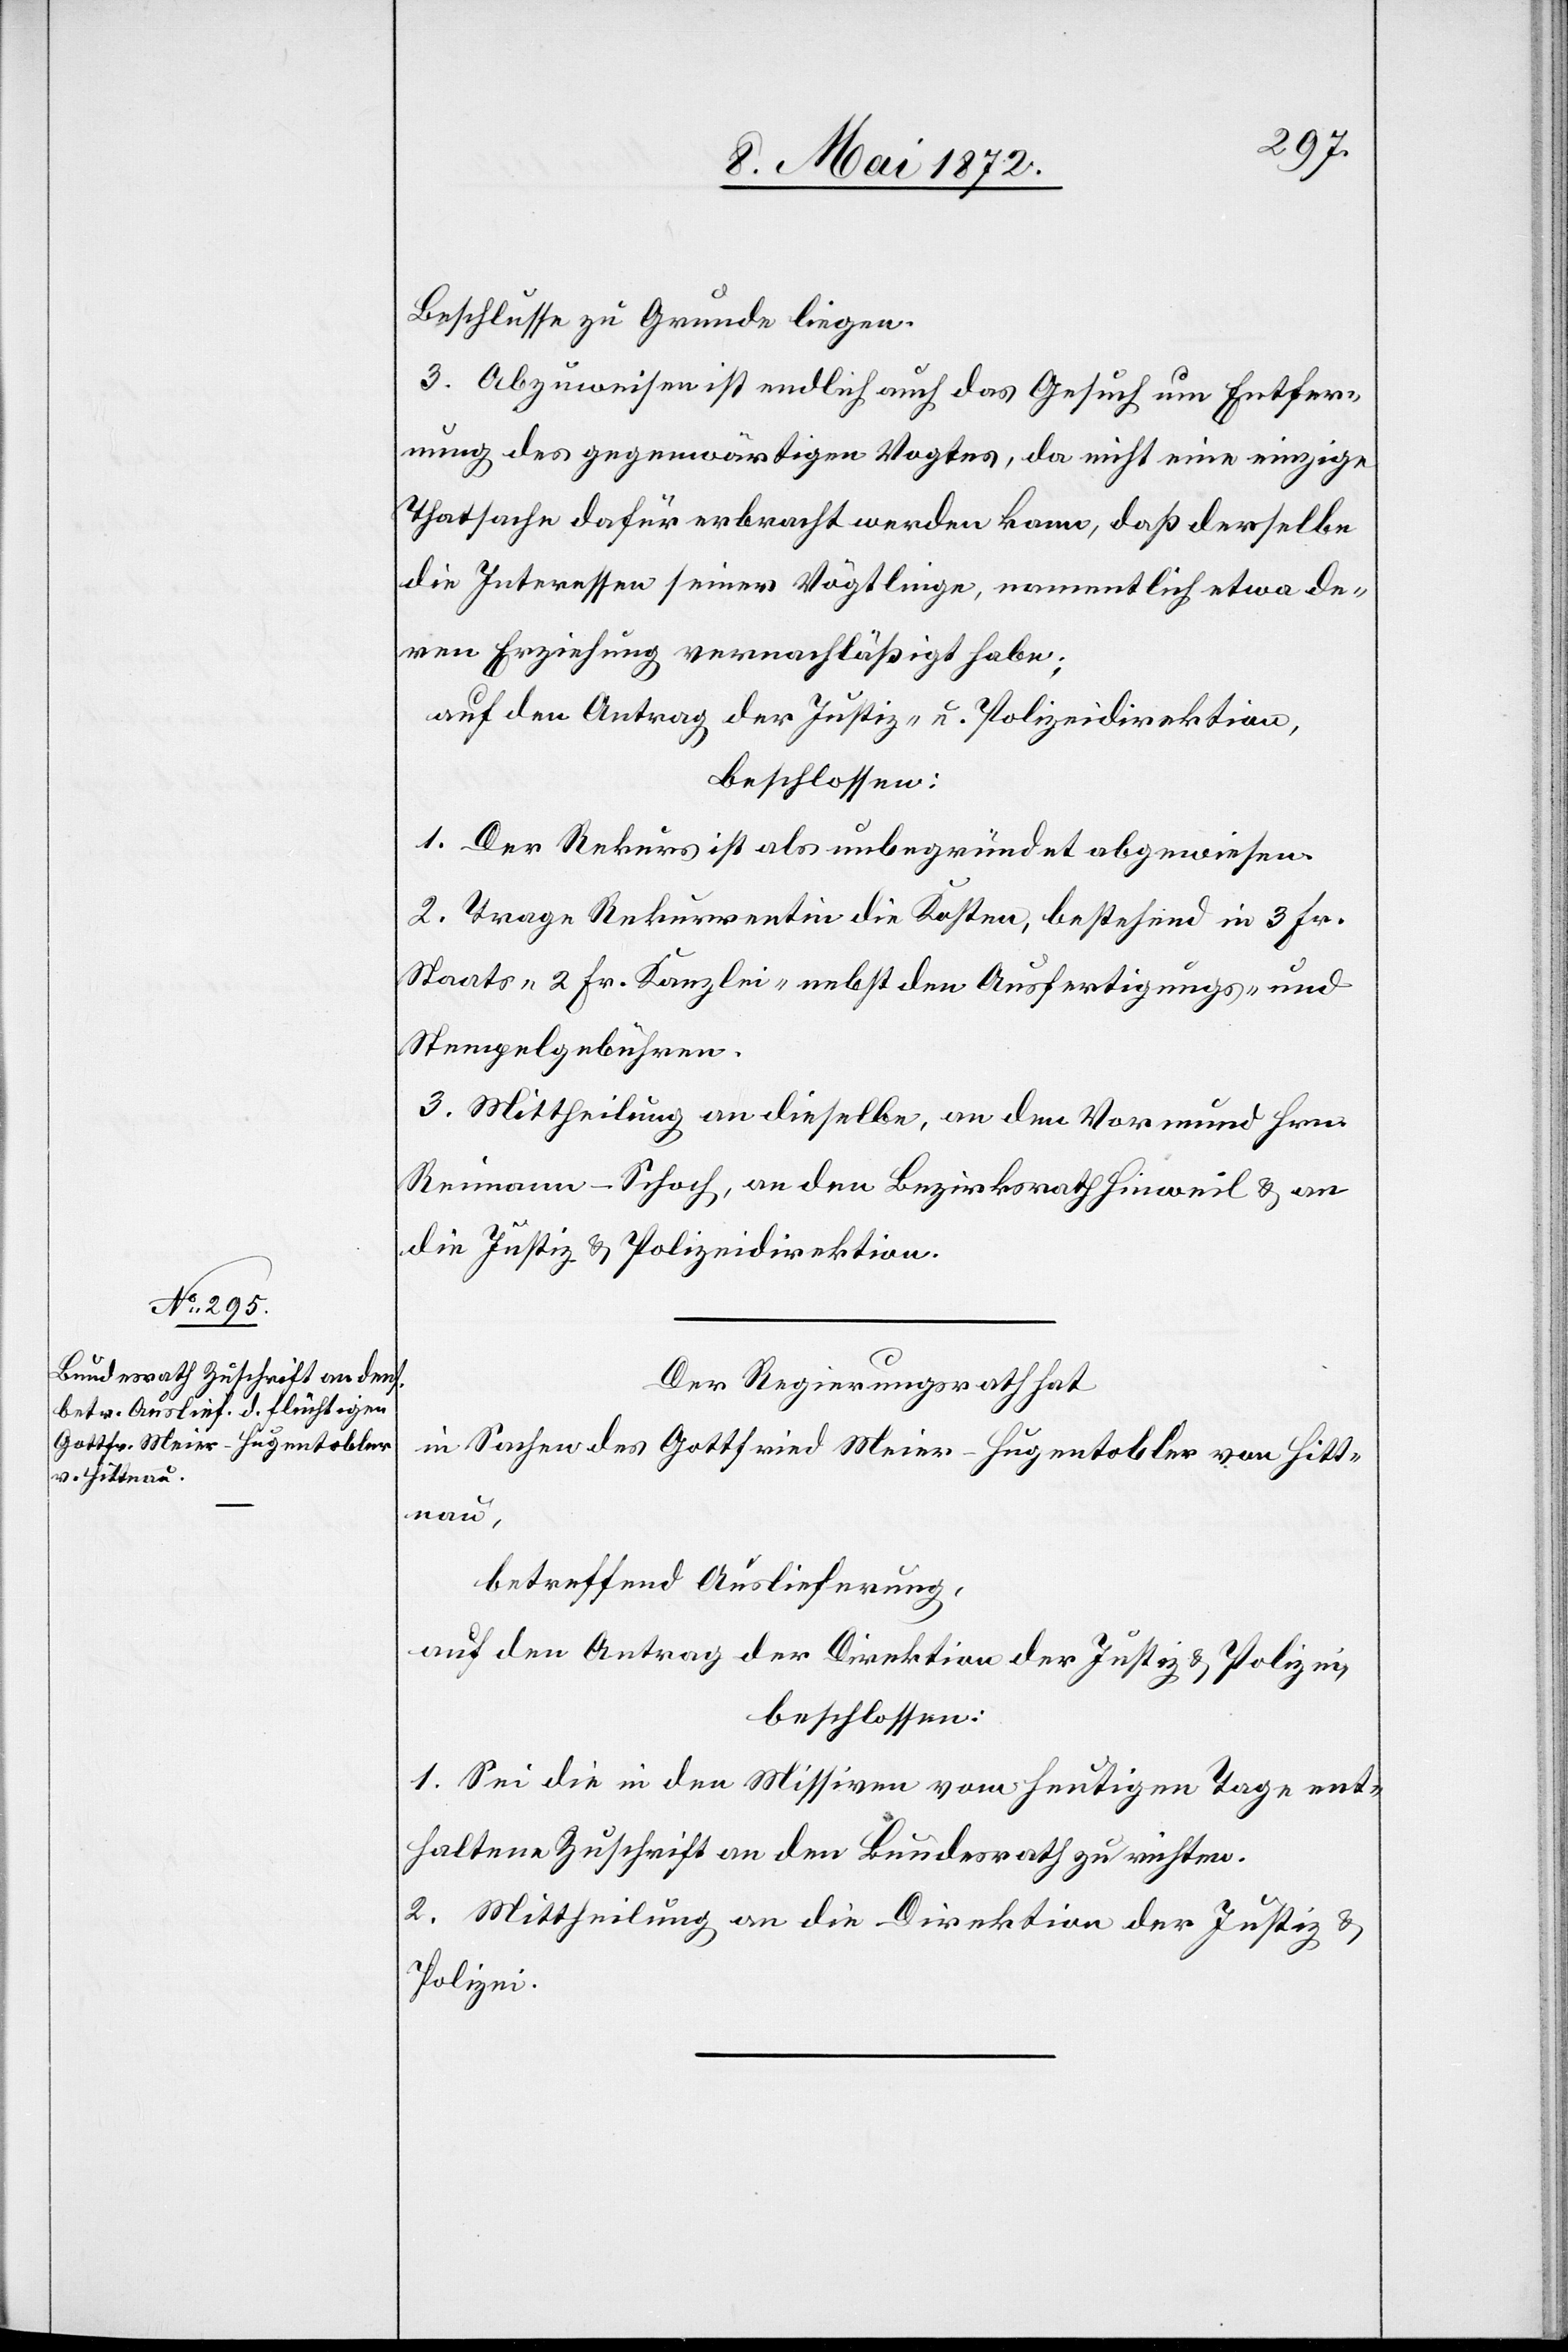
Beschlusse zu Grunde liegen.
3. Abzuweisen ist endlich auch das Gesuch um Entfer¬
nung des gegenwärtigen Vogtes, da nicht eine einzige
Thatsache dafür erbracht werden kann, daß derselbe
die Interessen seiner Vögtlinge, namentlich etwa de¬
ren Erziehung vernachläßigt habe;
auf den Antrag der Justiz- u. Polizeidirektion,
beschlossen:
1. Der Rekurs ist als unbegründet abgewiesen.
2. Trage Rekurrentin die Kosten, bestehend in 3 Fr.
Staats-[,] 2 Fr. Kanzlei-[,] nebst den Ausfertigungs- und
Stempelgebühren.
3. Mittheilung an dieselbe, an den Vormund Hrn.
Reimann-Schoch, an den Bezirksrath Hinweil u. an
die Justiz- u. Polizeidirektion.
Der Regierungsrath hat
in Sachen des Gottfried Meier-Hugentobler von Hitt¬
nau,
betreffend Auslieferung,
auf den Antrag der Direktion der Justiz u. Polizei,
beschlossen:
1. Sei die in den Missiven vom heutigen Tage ent¬
haltene Zuschrift an den Bundesrath zu richten.
2. Mittheilung an die Direktion der Justiz u.
Polizei.